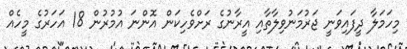
މިހަމަލާ ދީފައިވަނީ ޖަރުމަނުވިލާތާއި އީރާނުގެ ރަށްވެހިކަން އޮންނަ އުމުރުން 18 އަހަރުގެ މީހެއް